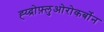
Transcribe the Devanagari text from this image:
ह्य्द्रोफ़्लुओरोकर्बोन